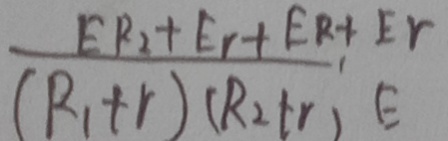
\frac { E R _ { 2 } + E _ { r } + E R + E r } { ( R _ { 1 } + r ) ( R _ { 2 } + r ) E }